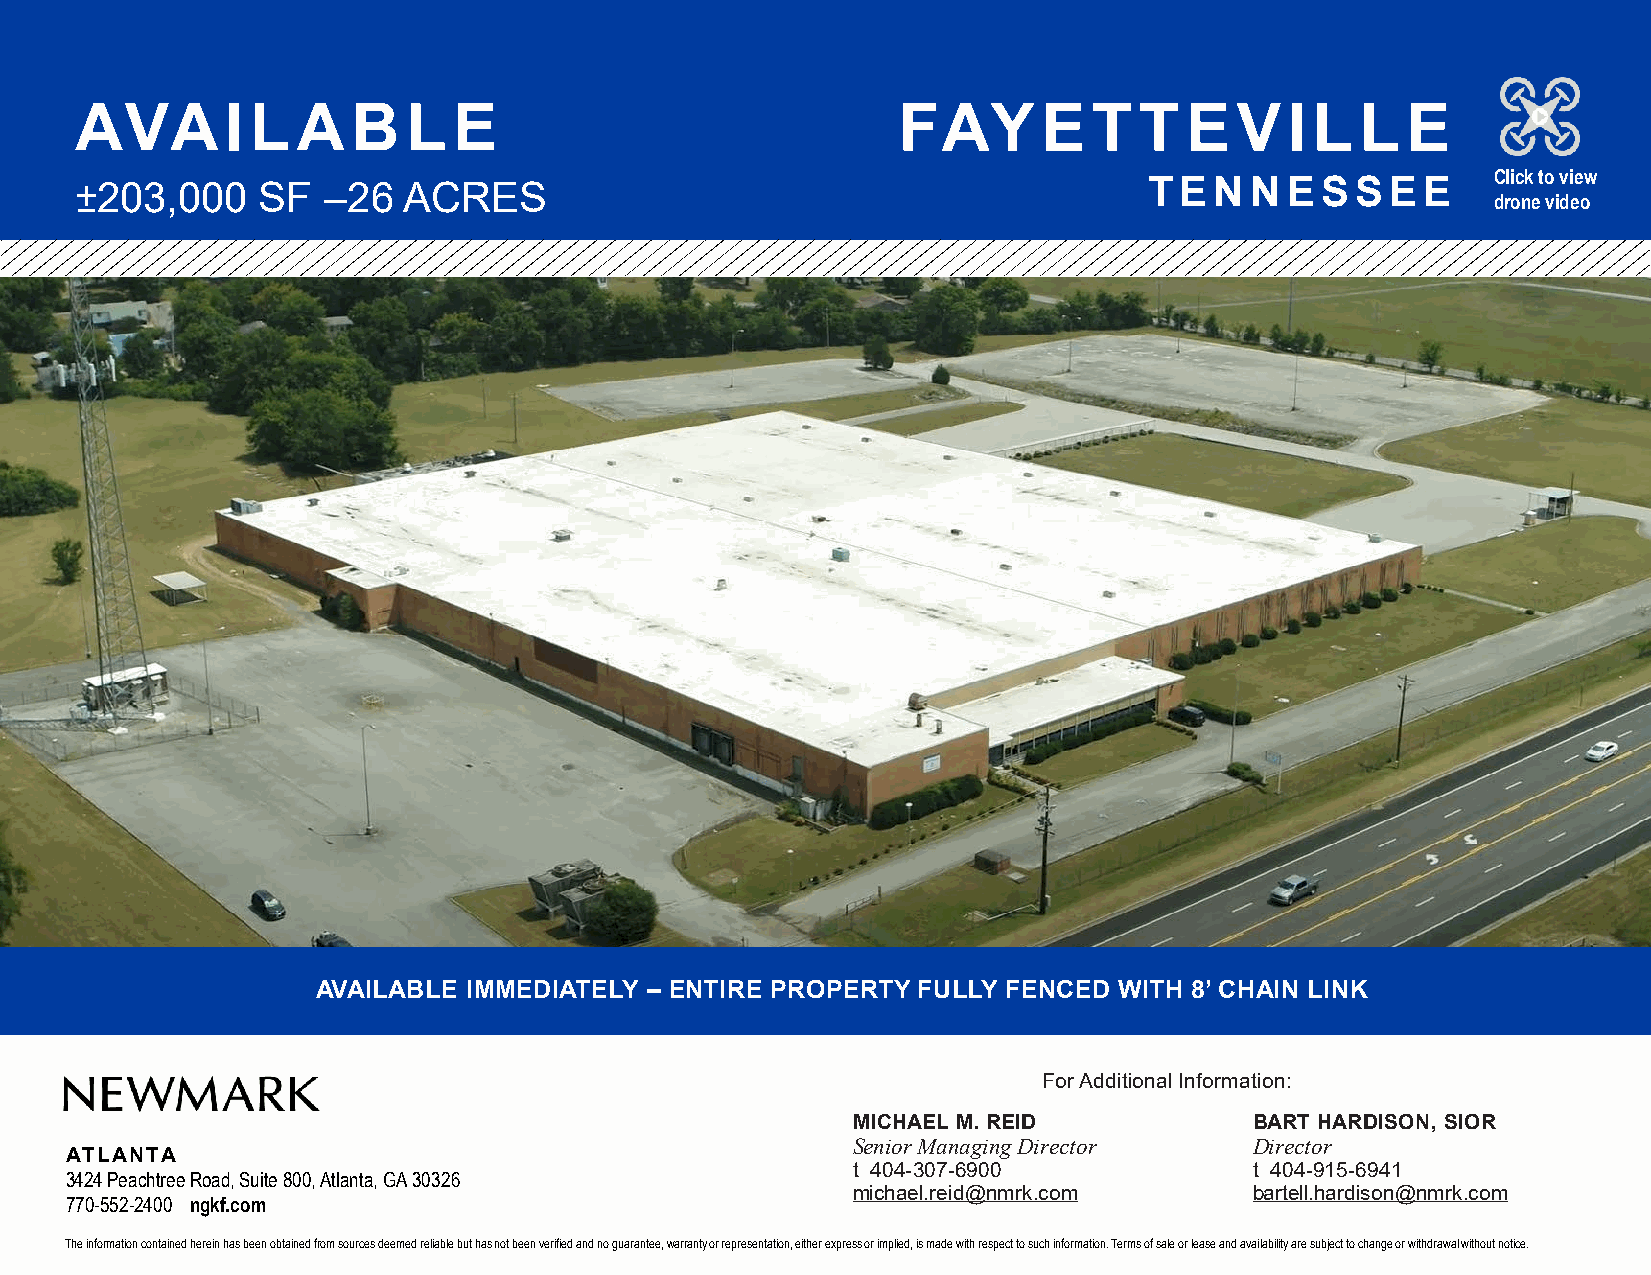
AVA       ILA     B   LE                              FAYETTEVILLE
 Click to view
 ±203,000    SF  –26   ACRES                                            TEN    N ESSEE
 drone video
 AVAILABLE IMMEDIATELY – ENTIRE PROPERTY FULLY FENCED WITH 8’ CHAIN LINK
 For Additional Information:
 MICHAEL M. REID            BART HARDISON, SIOR
 Senior Managing Director   Director
 ATLANTA
 t 404-307-6900             t 404-915-6941
 3424 Peachtree Road, Suite 800, Atlanta, GA 30326
 michael.reid@nmrk.com      bartell.hardison@nmrk.com
 770-552-2400 ngkf.com
 The information contained herein has been obtained from sources deemed reliable but has not been verified and no guarantee, warranty or representation, either express or implied, is made with respect to such information. Terms of sale or lease and availability are subject to change or withdrawal without notice.